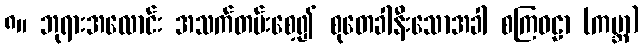
၈။ ဘုရားအလောင်း အသက်တမ်းစေ့၍ စုတေခါနီးသောအခါ စကြဝဠာ (ကမ္ဘာ)